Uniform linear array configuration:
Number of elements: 24
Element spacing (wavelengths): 0.75
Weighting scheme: hann
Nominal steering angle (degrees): -15
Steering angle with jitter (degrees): -13.18
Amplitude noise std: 0.05
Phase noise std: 0.05

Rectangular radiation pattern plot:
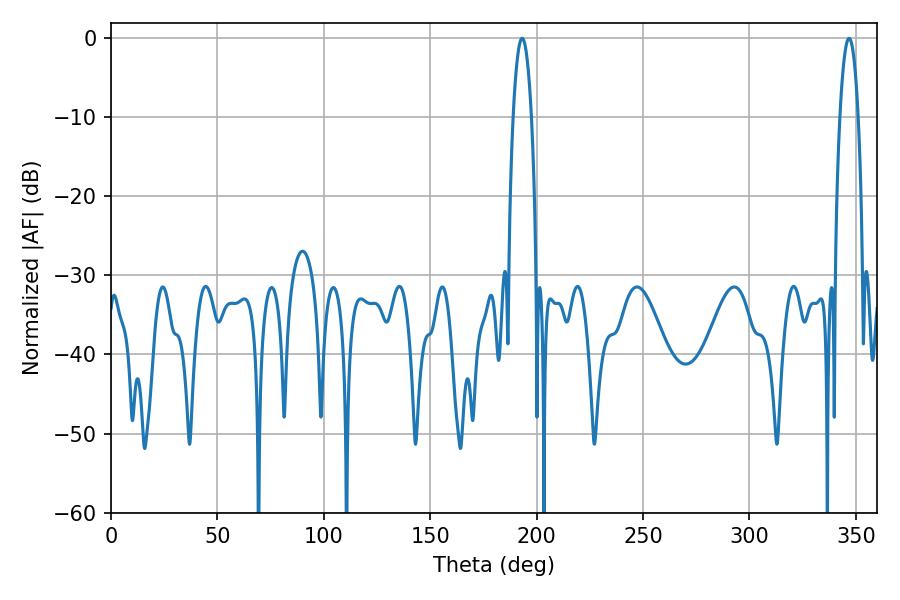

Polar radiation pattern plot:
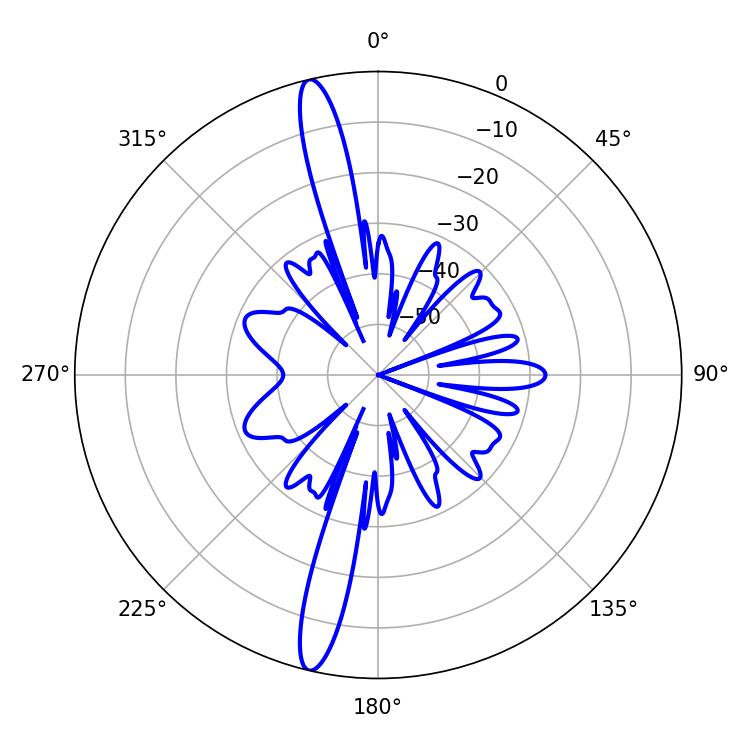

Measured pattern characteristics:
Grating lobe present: TRUE
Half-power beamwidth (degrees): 4.86
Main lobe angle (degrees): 193.14